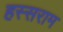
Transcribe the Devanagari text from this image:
हस्सराम